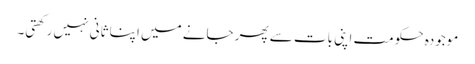
موجودہ حکومت اپنی بات سے پھر جانے میں اپنا ثانی نہیں رکھتی۔